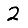
Digit: 2